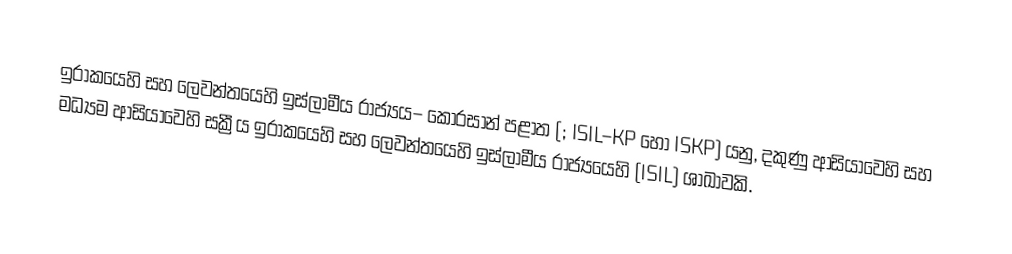
ඉරාකයෙහි සහ ලෙවන්තයෙහි ඉස්ලාමීය රාජ්‍යය– කෝරසාන් පළාත (; ISIL–KP හෝ ISKP) යනු,  දකුණු ආසියාවෙහි සහ මධ්‍යම ආසියාවෙහි සක්‍රීය  ඉරාකයෙහි සහ ලෙවන්තයෙහි ඉස්ලාමීය රාජ්‍යයෙහි (ISIL) ශාඛාවකි.